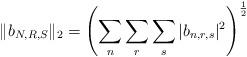
LaTeX: \begin{align*}\| b_{N,R,S}\|_2 = \left(\sum_n \sum_r\sum_s |b_{n,r,s}|^2 \right)^{\frac{1}{2}}\end{align*}